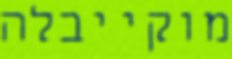
מוקייבלה